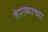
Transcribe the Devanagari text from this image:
तेराव्याच्या